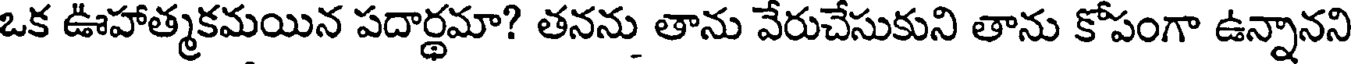
ఒక ఊహాత్మకమయిన పదార్థమా? తనను తాను వేరుచేసుకుని తాను కోపంగా ఉన్నానని